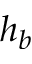
h _ { b }